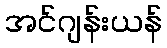
အင်ဂျန်းယန်